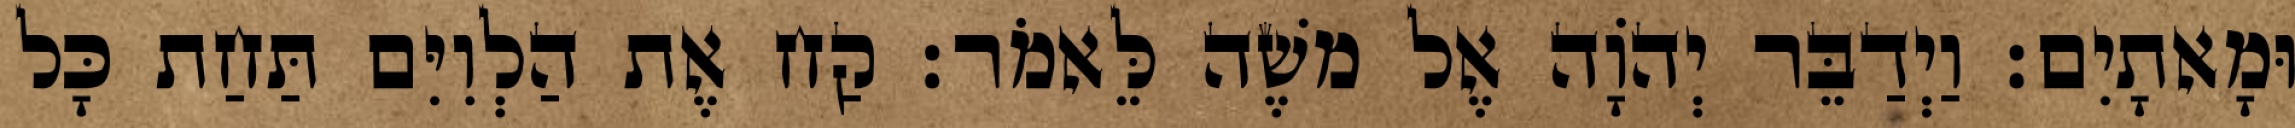
וּמָאתָיִם׃ וַיְדַבֵּר יְהוָֹה אֶל משֶׁה לֵּאמֹר׃ קַח אֶת הַלְוִיִּם תַּחַת כָּל